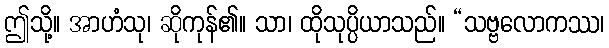
ဤသို့။ အာဟံသု၊ ဆိုကုန်၏။ သာ၊ ထိုသုပ္ပိယာသည်။ “သဗ္ဗလောကဿ၊